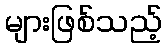
များဖြစ်သည့်